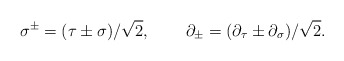
\begin{align*}\sigma ^{\pm }=(\tau \pm \sigma )/\sqrt{2},\,\quad \quad \partial _{\pm}=(\partial _\tau \pm \partial _\sigma )/\sqrt{2}. \end{align*}